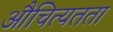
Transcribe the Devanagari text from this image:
औचित्यतता